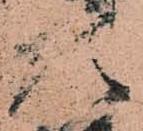
頭